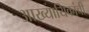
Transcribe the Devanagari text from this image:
आख्यायिकांची